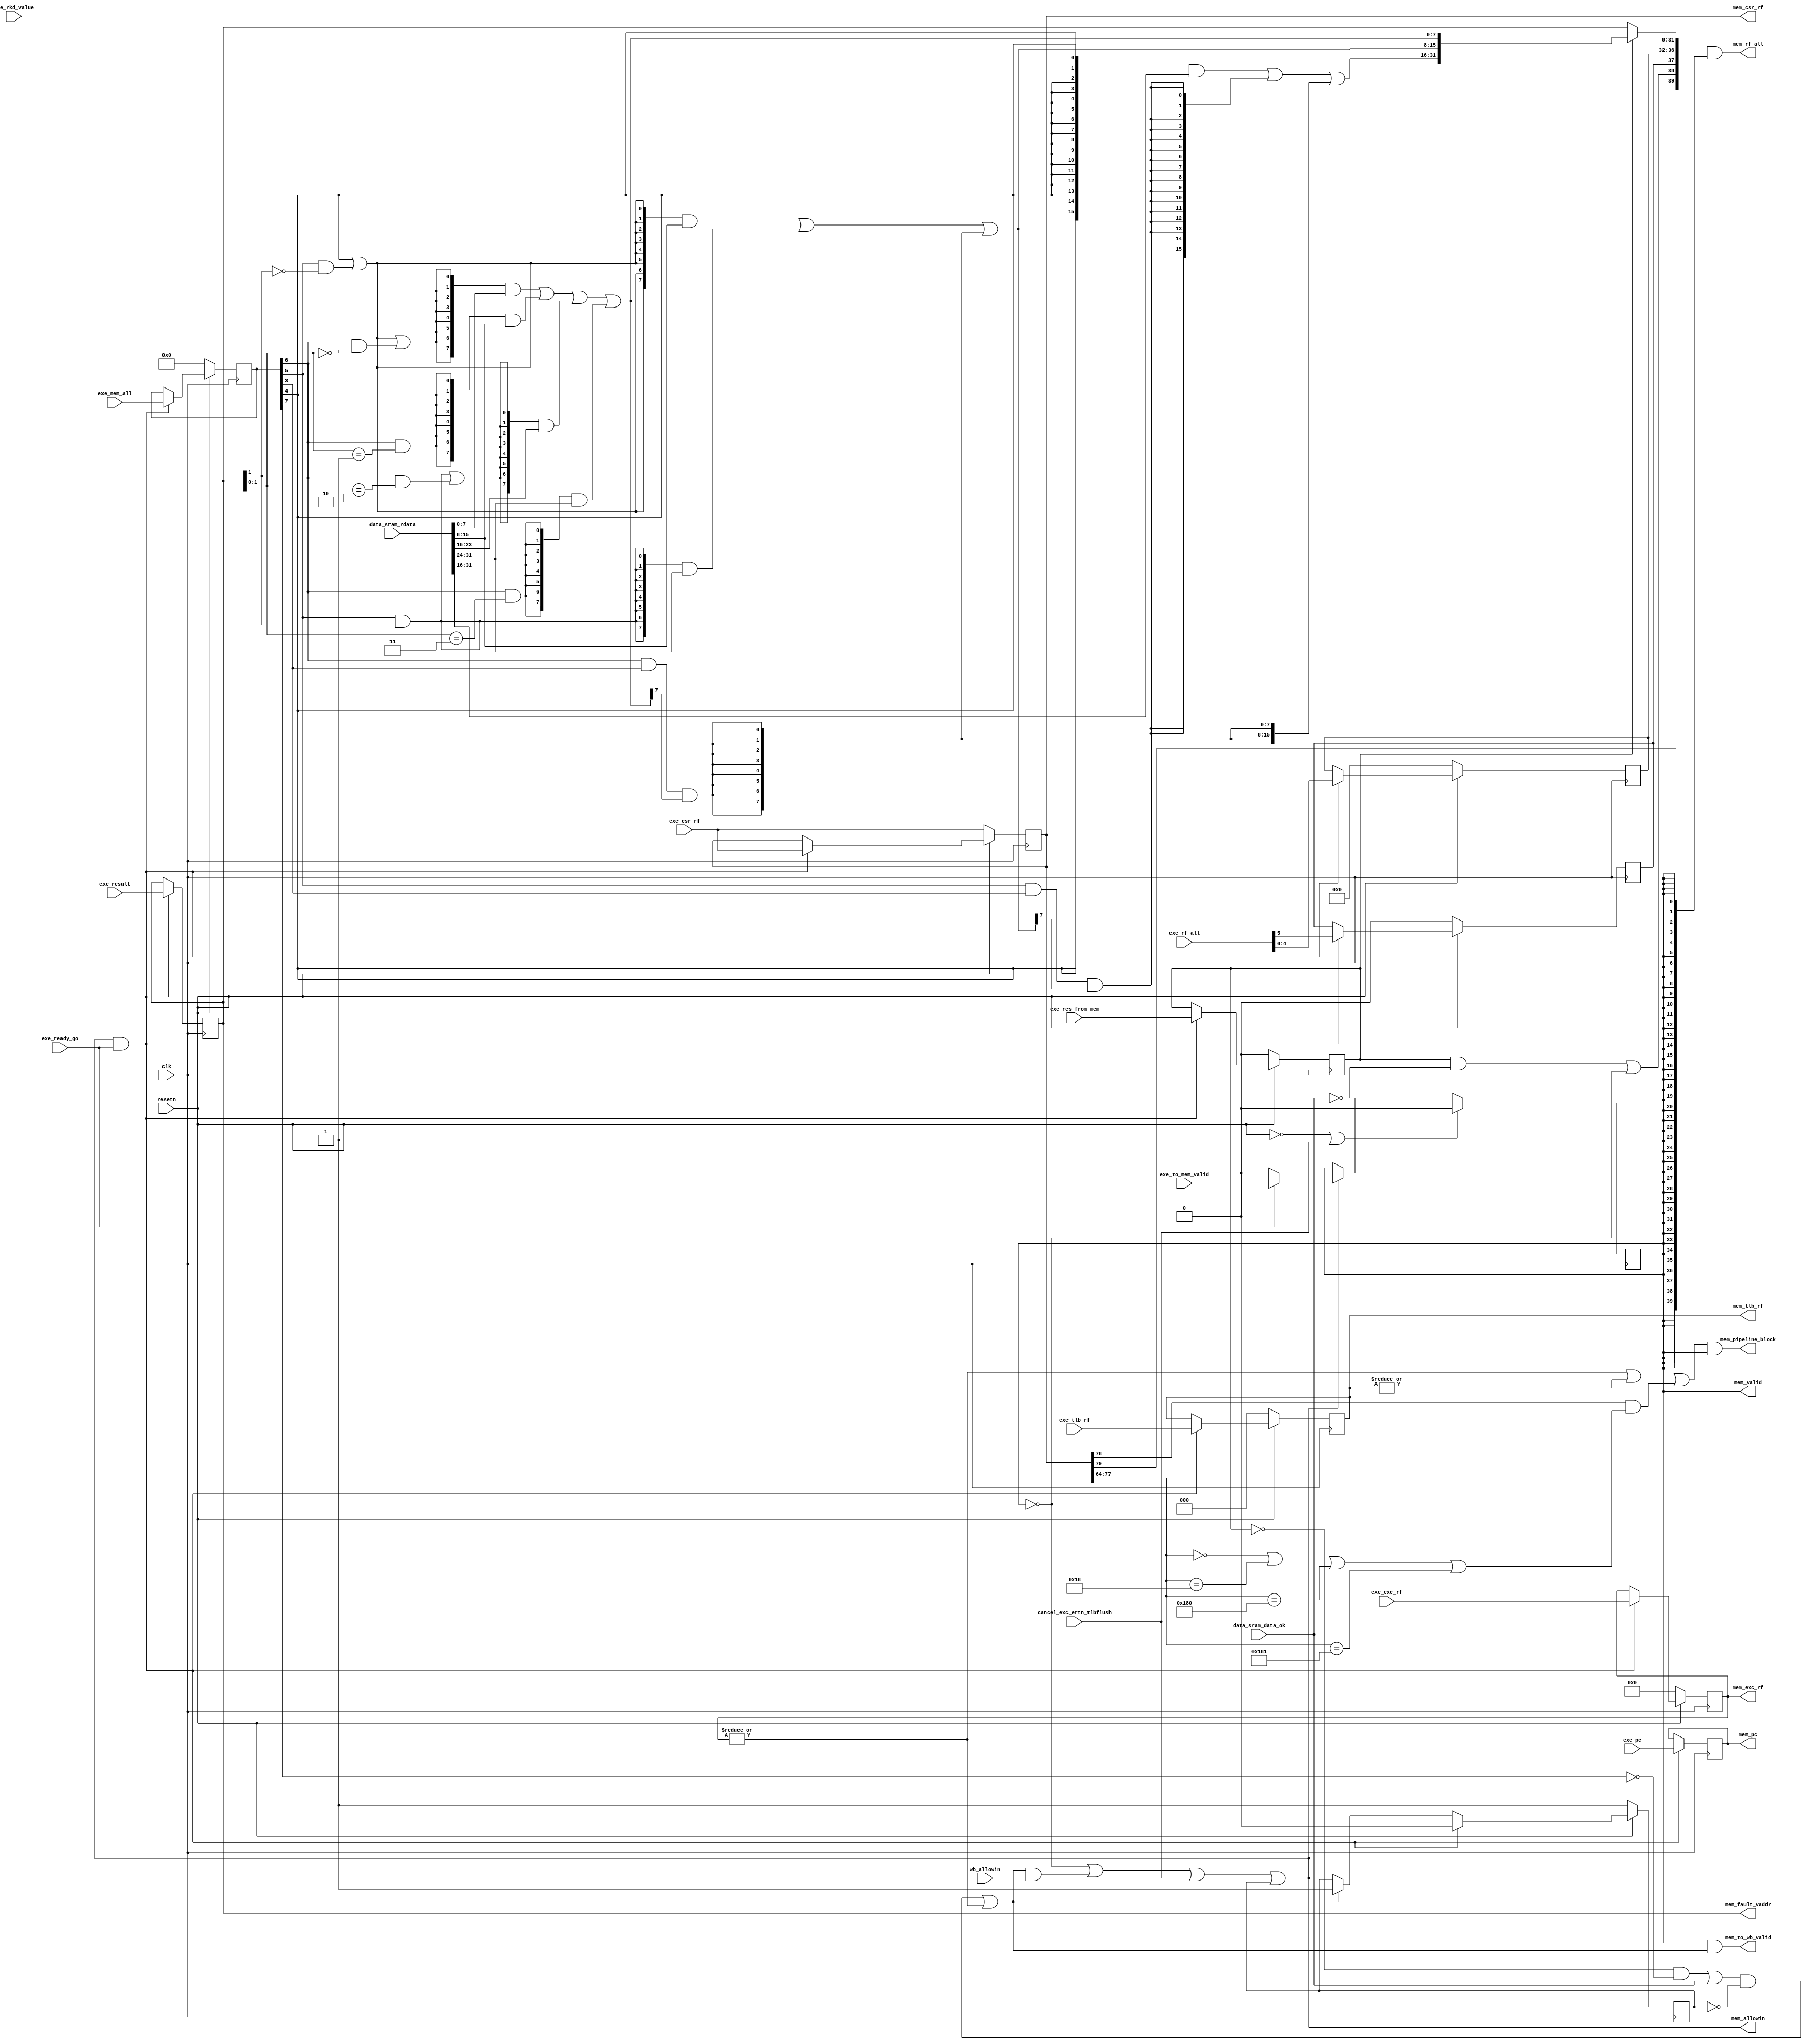
module MEMstate(
    input              clk,
    input              resetn,
    output reg         mem_valid,
    // exestate -> memstate
    output             mem_allowin,
    input              exe_ready_go,
    input       [5 :0] exe_rf_all, // {exe_rf_we, exe_rf_waddr}
    input              exe_to_mem_valid,
    input       [31:0] exe_pc,    
    input       [31:0] exe_result, 
    input              exe_res_from_mem,
    input       [7 :0] exe_mem_all,
    //{mem_we, ld_b, ld_h, ld_w, ld_se, st_b, st_h, st_w}
    input       [31:0] exe_rkd_value,
    // memstate -> wbstate
    input              wb_allowin,
    // output      [53:0] mem_rf_all, // {mem_rf_we, mem_rf_waddr, mem_rf_wdata} if is ld, can't use data directly
    output      [39:0] mem_rf_all,
    output             mem_to_wb_valid,
    output reg  [31:0] mem_pc,

    // data sram
    // output             data_sram_en,
    // output      [ 3:0] data_sram_we,
    // output      [31:0] data_sram_addr,
    // output      [31:0] data_sram_wdata,
    // input       [31:0] data_sram_rdata,

    
    input  wire        data_sram_data_ok,
    input  wire [31:0] data_sram_rdata, 

    //exc
    input              cancel_exc_ertn_tlbflush,//canceled by exception or ereturn
    input       [79:0] exe_csr_rf,//{csr_rd,csr_wr,mem_csr_num,csr_rd_value,csr_mask,csr_wvalue}
    input       [14:0] exe_exc_rf,//{INT,ADEF,BRK,INE,SYS,ertn}
    output      [14:0] mem_exc_rf,//{INT,ADEF,ALE,BRK,INE,SYS,ertn}
    output reg  [79:0] mem_csr_rf,//{csr_rd,csr_wr,mem_csr_num,csr_rd_value,csr_mask,csr_wvalue}
    output      [31:0] mem_fault_vaddr,
    output             mem_pipeline_block,

    //tlb
    input       [2 :0] exe_tlb_rf,
    output reg  [2 :0] mem_tlb_rf//now tlbsrch has handled
);


localparam  CSR_CRMD                = 14'h0,
            CSR_ASID                = 14'h18,
            CSR_DMW0                = 14'h180,
            CSR_DMW1                = 14'h181;

    wire        mem_ready_go;
    wire [31:0] mem_result;
    reg         mem_gone;
    // reg         mem_valid;
    reg  [7 :0] mem_all;
    reg  [31:0] rkd_value;
    wire [31:0] mem_rf_wdata;
    reg         mem_rf_we;
    reg  [4 :0] mem_rf_waddr;
    reg  [31:0] alu_result;
    reg         mem_res_from_mem;
    wire        mem_res_from_csr;
    wire [3 :0] strb;
    wire        mem_ale;
    reg  [14:0] mem_exc_rf_reg;
    wire        mem_wr,mem_ld_not_handled;
    wire        ld_b,ld_h,ld_se,ld_w,mem_we;
    //wire to handle flush of the pipe line
    wire [2 :0] tlb_task;
    wire        mem_csr_wr;
    wire [13:0] mem_csr_num;
    wire        csr_wr_block;
    // valid signals
    assign mem_ready_go     = (~mem_res_from_mem & ~mem_we | data_sram_data_ok) & ~mem_gone | (|mem_exc_rf_reg);
    assign mem_allowin      = ~mem_valid | mem_ready_go & wb_allowin | cancel_exc_ertn_tlbflush | mem_gone;     
    assign mem_to_wb_valid  = mem_valid & mem_ready_go;
    assign mem_rf_wdata     = mem_res_from_mem ? mem_result : alu_result;
    assign mem_rf_all       = {mem_res_from_csr,mem_ld_not_handled ,mem_rf_we, mem_rf_waddr, mem_rf_wdata} & {40{mem_valid}};
    always @(posedge clk) begin
        if(~resetn | cancel_exc_ertn_tlbflush)
            mem_valid <= 1'b0;
        else if(mem_allowin)begin
            if(exe_ready_go)
                mem_valid <= exe_to_mem_valid;
            else 
                mem_valid <= 1'b0;
        end
        else
            mem_valid <= mem_valid;
    end

    // exestate <-> memstate
    always @(posedge clk) begin
        if(mem_allowin & exe_ready_go)
            mem_pc <= exe_pc;
    end
    always @(posedge clk) begin
        if(mem_allowin & exe_ready_go)
            alu_result <= exe_result;
    end
    always @(posedge clk) begin
        if(~resetn)
            {mem_rf_we, mem_rf_waddr} <= 6'd0;
        else if(mem_allowin & exe_ready_go)
            {mem_rf_we, mem_rf_waddr} <= exe_rf_all;
    end
    always @(posedge clk) begin
        if(~resetn)
            {mem_res_from_mem, mem_all} <= 0;
        else if(mem_allowin & exe_ready_go)
            {mem_res_from_mem, mem_all} <= {exe_res_from_mem, exe_mem_all};
    end

    always @(posedge clk) begin
        if(~resetn)
            mem_exc_rf_reg <= 15'b0;
        else if(mem_allowin & exe_ready_go)
            mem_exc_rf_reg <= exe_exc_rf;
    end

    always @(posedge clk ) begin
        if(~resetn)
            mem_csr_rf <= exe_csr_rf;
        else if(mem_allowin & exe_ready_go)
            mem_csr_rf <= exe_csr_rf;
    end

    always @(posedge clk ) begin
        if(~resetn)
            mem_gone <= 1'b1;
        else if(exe_ready_go & mem_allowin)
            mem_gone <= 1'b0;
        else if(mem_ready_go)
            mem_gone <= 1'b1;
    end
    //tlb rf
    always @(posedge clk ) begin
        if(~resetn)
            mem_tlb_rf <= 3'b0;
        else if(exe_ready_go & mem_allowin)
            mem_tlb_rf <= exe_tlb_rf;
    end

    assign mem_result[7:0] = {8{ld_w | ld_h & ~alu_result[1] | ld_b & alu_result[1:0] == 2'b00}} & data_sram_rdata[7:0]
                               | {8{ld_b & alu_result[1:0] == 2'b01}} & data_sram_rdata[15:8]
                               | {8{ld_h & alu_result[1] | ld_b & alu_result[1:0] == 2'b10}} & data_sram_rdata[23:16]
                               | {8{ld_b & alu_result[1:0] == 2'b11}} & data_sram_rdata[31:24];
    assign mem_result[15:8] = {8{ld_w | ld_h & ~alu_result[1]}} & data_sram_rdata[15:8]
                                | {8{ld_h & alu_result[1]}} & data_sram_rdata[31:24]
                                | {8{ld_b & ld_se & mem_result[7]}};
    assign mem_result[31:16] = {16{ld_w}} & data_sram_rdata[31:16]
                                 | {16{ld_h & ld_se & mem_result[15]}}
                                 | {16{ld_b & ld_se & mem_result[7]}};
    assign {ld_b, ld_h, ld_w, ld_se} = mem_all[6:3];
    assign mem_we = mem_all[7];
    assign mem_ld_not_handled = mem_res_from_mem & ~data_sram_data_ok | ~mem_valid;
    assign mem_fault_vaddr = alu_result;
    assign mem_res_from_csr = mem_csr_rf[79];
    assign mem_exc_rf = mem_exc_rf_reg;
    //pipeline block related
    assign tlb_task = mem_tlb_rf[2:0];
    assign mem_csr_wr = mem_csr_rf[78];
    assign mem_csr_num = mem_csr_rf[77:64];
    assign csr_wr_block = mem_csr_wr & (mem_csr_num == CSR_CRMD
                                      | mem_csr_num == CSR_ASID
                                      | mem_csr_num == CSR_DMW0
                                      | mem_csr_num == CSR_DMW1);
    assign mem_pipeline_block = ((|mem_exc_rf_reg) | (|tlb_task) | (csr_wr_block)) & mem_valid;
endmodule